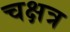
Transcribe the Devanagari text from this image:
चक्षत्र